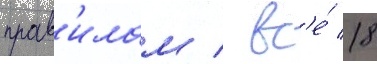
прав'илам / вс'е́ 18